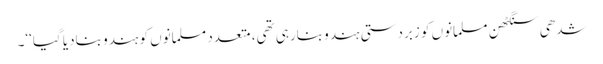
شدھی سنگٹھن مسلمانوں کو زبردستی ہندو بنارہی تھی، متعدد مسلمانوں کو ہندو بنادیا گیا‘‘۔